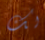
لك